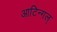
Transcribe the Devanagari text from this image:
आटिन्गल्